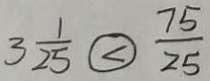
3 \frac { 1 } { 2 5 } \textcircled { < } \frac { 7 5 } { 2 5 }